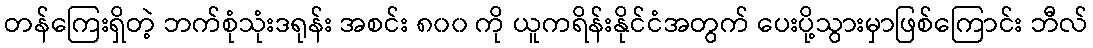
တန်ကြေးရှိတဲ့ ဘက်စုံသုံးဒရုန်း အစင်း ၈၀၀ ကို ယူကရိန်းနိုင်ငံအတွက် ပေးပို့သွားမှာဖြစ်ကြောင်း ဘီလ်